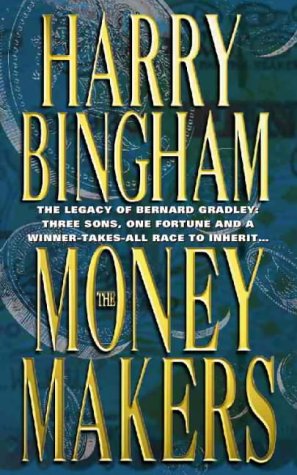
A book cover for The Money Makers; Harry Bingham; Mystery, Thriller & Suspense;